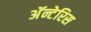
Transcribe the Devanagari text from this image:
अॅन्टेरिस